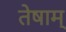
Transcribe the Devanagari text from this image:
तेषाम्